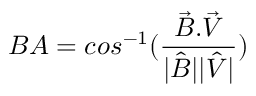
B A = c o s ^ { - 1 } ( \frac { \vec { B } . \vec { V } } { | \hat { B } | | \hat { V } | } )